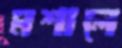
মশালে